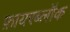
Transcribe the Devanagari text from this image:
फ़ायरब्लॉक